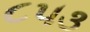
૮૫૩